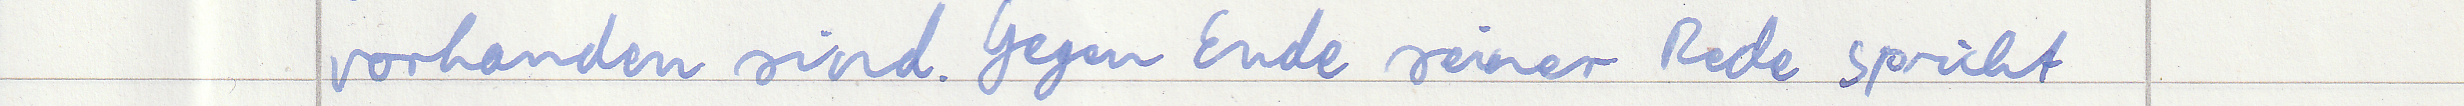
vorhanden sind. Gegen Ende seiner Rede spricht